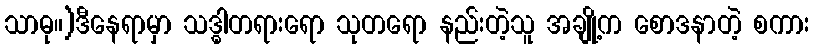
သာဓု။)ဒီနေရာမှာ သဒ္ဓါတရားရော သုတရော နည်းတဲ့သူ အချို့က စောဒနာတဲ့ စကား